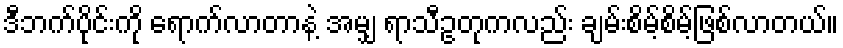
ဒီဘက်ပိုင်းကို ရောက်လာတာနဲ့ အမျှ ရာသီဥတုကလည်း ချမ်းစိမ့်စိမ့်ဖြစ်လာတယ်။